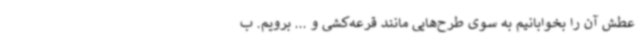
عطش آن را بخوابانیم به سوی طرح‌هایی مانند قرعه‌کشی و ... برویم. ب